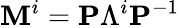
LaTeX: \mathbf{M}^{i}=\mathbf{P}\Lambda^{i}\mathbf{P}^{-1}